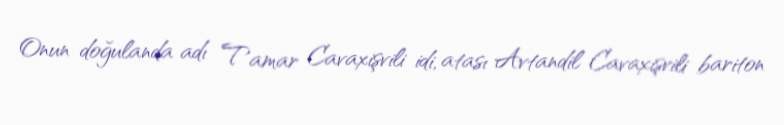
Onun doğulanda adı Tamar Cavaxişvili idi, atası Avtandil Cavaxişvili bariton